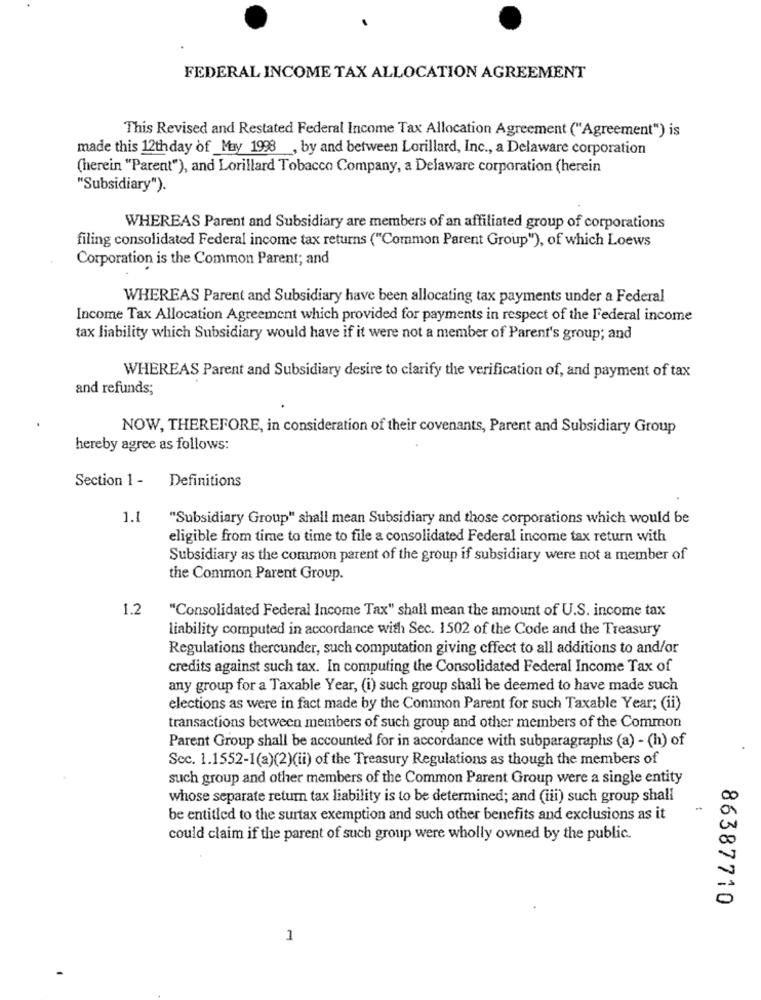
FEDERAL INCOME TAX ALLOCATION AGREEMENT
This Revised and Restated Federal Income Tax Allocation Agreement ("Agreement") is
made this 12thday of _May 1998 , by and between Lorillard, Inc ., a Delaware corporation
(herein "Parent"), and Lorillard Tobacco Company, a Delaware corporation (herein
"Subsidiary").
WHEREAS Parent and Subsidiary are members of an affiliated group of corporations
filing consolidated Federal income tax returns ("Common Parent Group"), of which Loews
Corporation is the Common Parent; and
WHEREAS Parent and Subsidiary have been allocating tax payments under a Federal
Income Tax Allocation Agreement which provided for payments in respect of the Federal income
tax liability which Subsidiary would have if it were not a member of Parent's group; and
WHEREAS Parent and Subsidiary desire to clarify the verification of, and payment of tax
and refunds;
NOW, THEREFORE, in consideration of their covenants, Parent and Subsidiary Group
hereby agree as follows:
Section 1 -
Definitions
1.1
"Subsidiary Group" shall mean Subsidiary and those corporations which would be
eligible from time to time to file a consolidated Federal income tax return with
Subsidiary as the common parent of the group if subsidiary were not a member of
the Common Parent Group.
1.2
"Consolidated Federal Income Tax" shall mean the amount of U.S. income tax
liability computed in accordance with Sec. 1502 of the Code and the Treasury
Regulations thercunder, such computation giving cffect to all additions to and/or
credits against such tax. In computing the Consolidated Federal Income Tax of
any group for a Taxable Year, (i) such group shall be deemed to have made such
elections as were in fact made by the Common Parent for such Taxable Year; (ii)
transactions between members of such group and other members of the Common
Parent Group shall be accounted for in accordance with subparagraphs (a) - (h) of
Sec. 1.1552-1(a)(2)(ii) of the Treasury Regulations as though the members of
such group and other members of the Common Parent Group were a single entity
whose separate retur tax liability is to be determined; and (iii) such group shall
be entitled to the surtax exemption and such other benefits and exclusions as it
could claim if the parent of such group were wholly owned by the public.
00
0
86387710
1